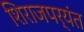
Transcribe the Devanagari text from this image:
शिराजपर्यंत